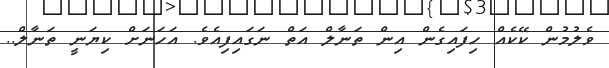
ވެލުމުން ކޭކެއް ހިފައިގެން އިން ތަނާލް އަތް ނަގައިފިއެވެ. އަހަނަށް ކިޔަނީ ތަނާލް..